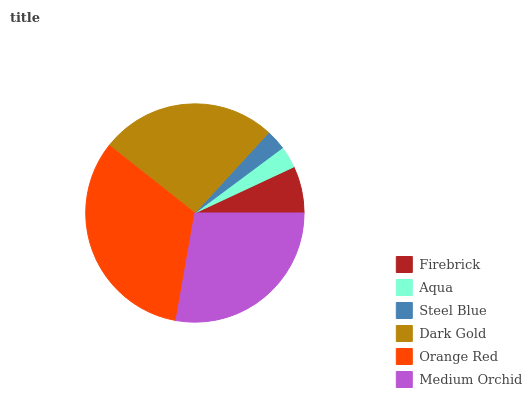
| Firebrick | Aqua | Steel Blue | Dark Gold | Orange Red | Medium Orchid |
 | --- | --- | --- | --- | --- | --- |
 | 6.94% | 3.23% | 3.01% | 26.3% | 32.8% | 27.7% |